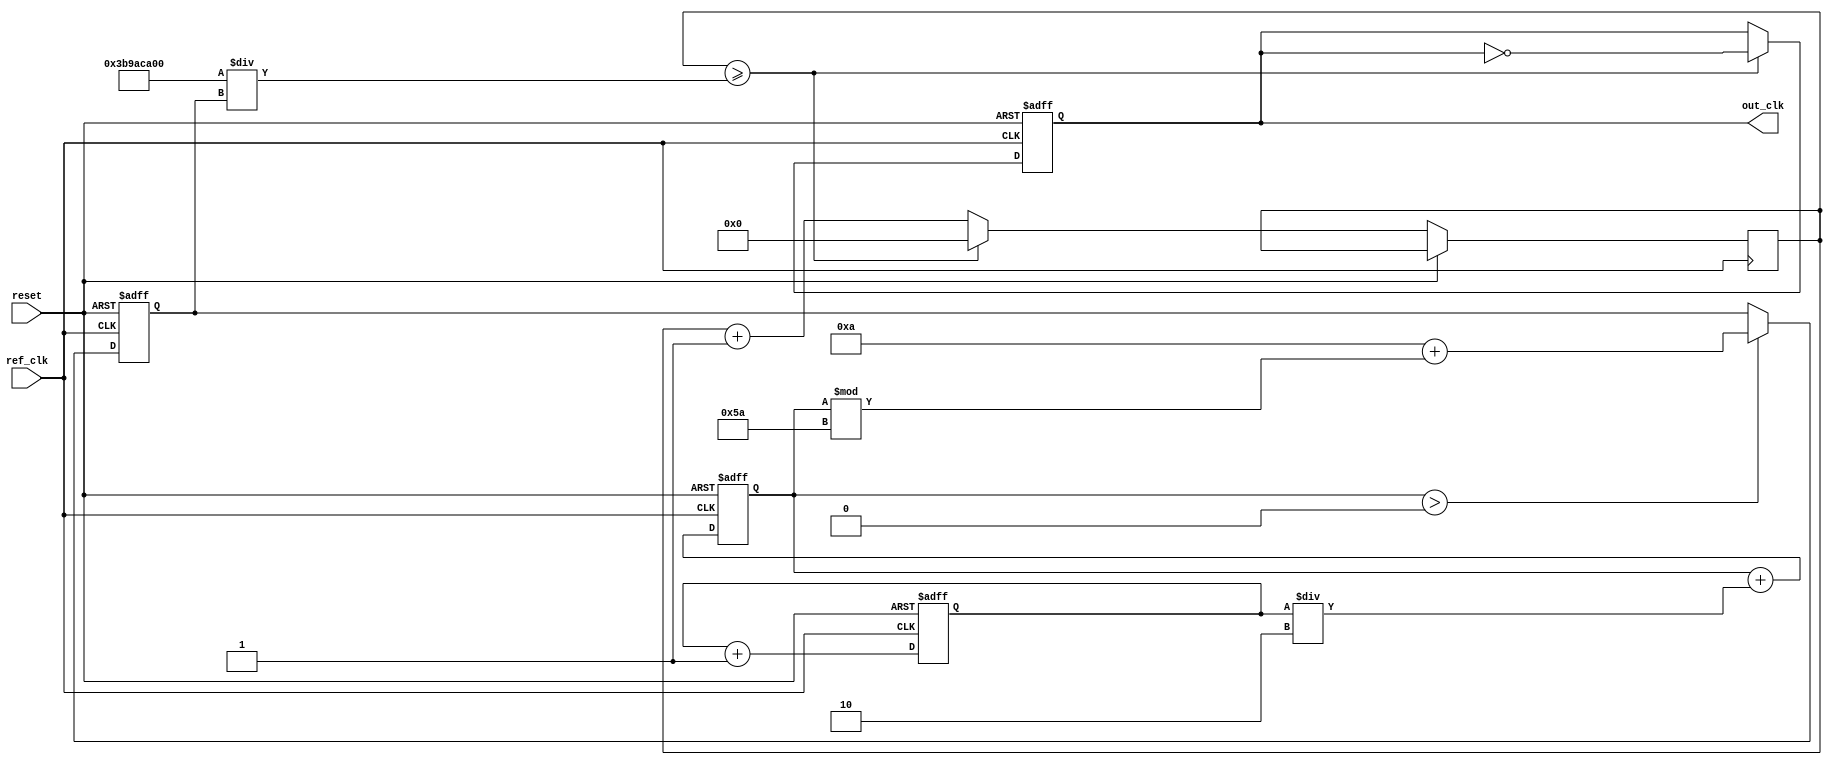
module PLL (
    input wire ref_clk,         // Reference clock input
    input wire reset,           // Reset signal
    output reg out_clk          // Output clock
);

// Parameters for the PLL
parameter integer DIV_FACTOR = 4; // Frequency divider factor
parameter integer FILTER_GAIN = 2; // Loop filter gain
parameter integer VCO_MAX_FREQ = 100; // Maximum VCO frequency
parameter integer VCO_MIN_FREQ = 10;  // Minimum VCO frequency

// Internal signals
reg [31:0] phase_error;         // Phase error signal
reg [31:0] control_voltage;     // Control voltage for VCO
reg [31:0] vco_frequency;       // Current VCO frequency
reg [31:0] feedback_count;      // Feedback counter for frequency division
reg vco_enable;                 // VCO enable signal

// Phase Detector
always @(posedge ref_clk or posedge reset) begin
    if (reset) begin
        phase_error <= 0;
    end else begin
        // Simple phase detection logic (placeholder)
        // In a real design, this would compare the phase of ref_clk and out_clk
        phase_error <= phase_error + 1; // Simulate phase error increment
    end
end

// Loop Filter
always @(posedge ref_clk or posedge reset) begin
    if (reset) begin
        control_voltage <= 0;
    end else begin
        // Simple low-pass filter (placeholder)
        control_voltage <= control_voltage + (phase_error / FILTER_GAIN);
    end
end

// Voltage-Controlled Oscillator (VCO)
always @(posedge ref_clk or posedge reset) begin
    if (reset) begin
        vco_frequency <= VCO_MIN_FREQ;
        out_clk <= 0;
    end else begin
        // Adjust VCO frequency based on control voltage
        if (control_voltage > 0) begin
            vco_frequency <= VCO_MIN_FREQ + (control_voltage % (VCO_MAX_FREQ - VCO_MIN_FREQ));
        end

        // Generate output clock based on VCO frequency
        if (feedback_count >= (1000000000 / vco_frequency)) begin // Assuming 1 GHz reference clock
            out_clk <= ~out_clk;
            feedback_count <= 0;
        end else begin
            feedback_count <= feedback_count + 1;
        end
    end
end

// Frequency Divider
reg [31:0] divider_count;
always @(posedge out_clk or posedge reset) begin
    if (reset) begin
        divider_count <= 0;
    end else begin
        if (divider_count >= DIV_FACTOR - 1) begin
            divider_count <= 0;
            // Feedback to phase detector (not shown)
        end else begin
            divider_count <= divider_count + 1;
        end
    end
end

// Control Logic (simplified)
always @(posedge ref_clk or posedge reset) begin
    if (reset) begin
        vco_enable <= 0;
    end else begin
        // Placeholder for control logic
        vco_enable <= 1; // Enable VCO
    end
end

endmodule